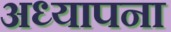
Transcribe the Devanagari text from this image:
अध्यापना